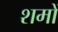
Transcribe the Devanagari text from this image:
शमों